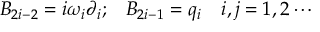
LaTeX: B _ { 2 i - 2 } = i \omega _ { i } \partial _ { i } ; \; \; \; B _ { 2 i - 1 } = q _ { i } \ \ \ i , j = 1 , 2 \cdots